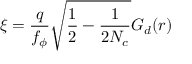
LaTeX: \xi = \frac { q } { f _ { \phi } } \sqrt { \frac { 1 } { 2 } - \frac { 1 } { 2 N _ { c } } } G _ { d } ( r )